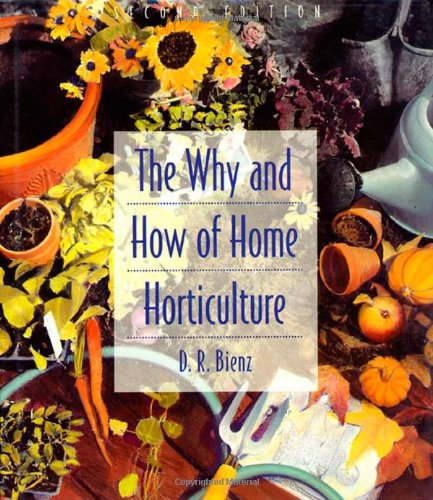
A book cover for The Why and How of Home Horticulture; D. R. Bienz; Crafts, Hobbies & Home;